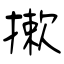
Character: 摗